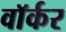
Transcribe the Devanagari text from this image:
वाॅर्कर